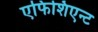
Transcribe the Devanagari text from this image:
एफिशिएन्ट